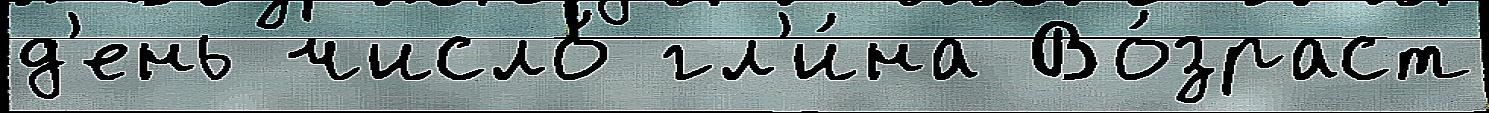
д'ень число́ гл'и́на Во́зраст